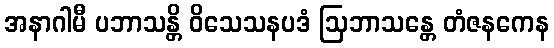
အနာဂါမီ ပဘာသန္တိ ဝိသေသနပဒံ ဩဘာသန္တေ တံဇနကေန